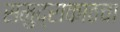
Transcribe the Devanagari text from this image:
समुद्राकाठचा